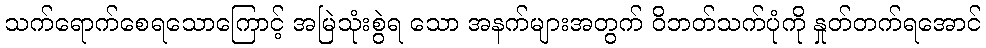
သက်ရောက်စေရသောကြောင့် အမြဲသုံးစွဲရ သော အနက်များအတွက် ဝိဘတ်သက်ပုံကို နှုတ်တက်ရအောင်